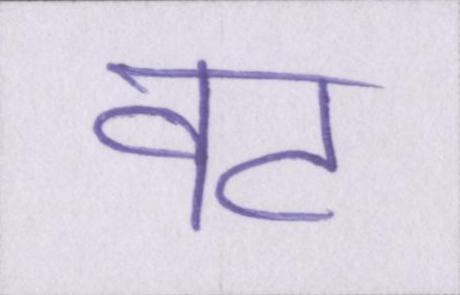
वट